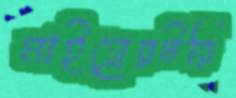
মাইগ্রেরটরি